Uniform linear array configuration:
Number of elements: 8
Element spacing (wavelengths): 0.75
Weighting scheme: blackman
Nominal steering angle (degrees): -60
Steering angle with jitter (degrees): -61.245
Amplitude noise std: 0.05
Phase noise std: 0.05

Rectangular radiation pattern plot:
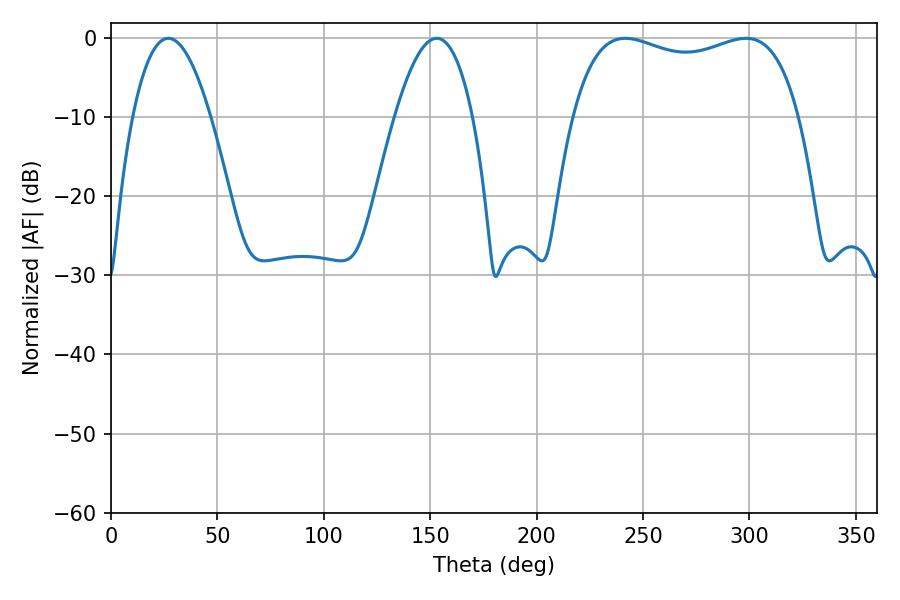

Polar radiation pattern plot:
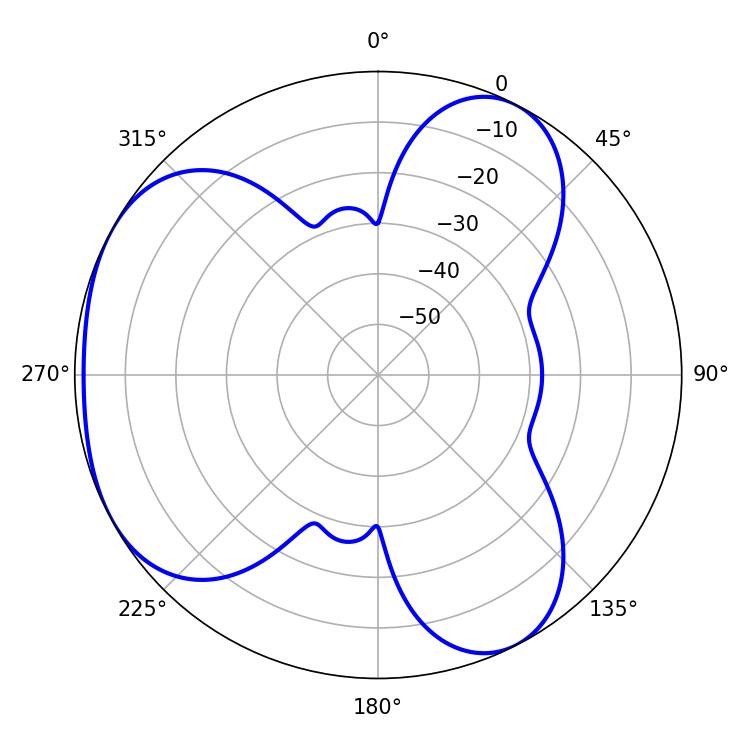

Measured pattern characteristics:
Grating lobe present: TRUE
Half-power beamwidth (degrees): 87.12
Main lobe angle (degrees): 241.74